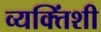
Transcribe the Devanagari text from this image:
व्यक्तिंशी